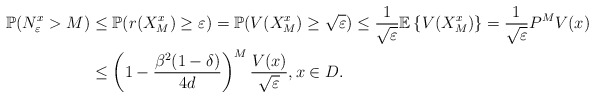
\begin{align*} \mathbb{P}(N_\varepsilon^{x}> M)&\leq \mathbb{P}(r(X^{x}_M)\geq \varepsilon)=\mathbb{P}(V(X^{x}_M)\geq \sqrt{\varepsilon}) \leq \frac{1}{\sqrt{\varepsilon}}\mathbb{E} \left\{ V(X^{x}_M)\right\} =\frac{1}{\sqrt{\varepsilon}}P^MV(x)\\ &\leq \left(1-\frac{\beta^2(1-\delta)}{4d}\right)^M \frac{V(x)}{\sqrt{\varepsilon}}, x\in D.\end{align*}